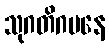
သုဂတိဂမနေ